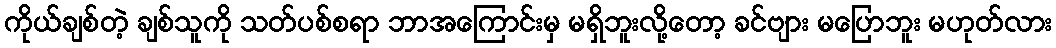
ကိုယ်ချစ်တဲ့ ချစ်သူကို သတ်ပစ်စရာ ဘာအကြောင်းမှ မရှိဘူးလို့တော့ ခင်ဗျား မပြောဘူး မဟုတ်လား